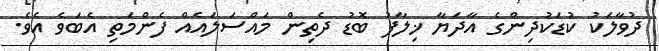
ދުވާލަކު ކުޑަކުދިންގެ އާދަޔާ ޚިލާފު ބޮޑު ދެތިން މައްސަލައެއް ފެންމަތި އެބަވެ އެވެ.